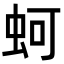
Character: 蚵